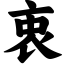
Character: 衷